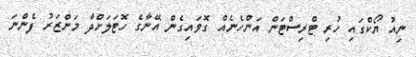
ނިއު ޔޯކްގައި ހުރި ޓްރިސްޓަން އަންހެނެއް ގޮވައިގެން އޭނާގެ ހޮޓަލަށްދާ މަންޒަރު ފެންނަ